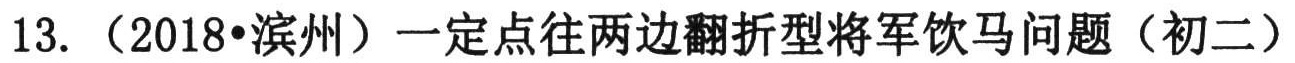
13. （2018•滨州）一定点往两边翻折型将军饮马问题（初二）